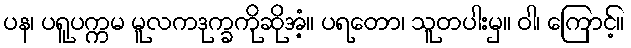
ပန၊ ပရူပက္ကမ မူလကဒုက္ခကိုဆိုအံ့။ ပရတော၊ သူတပါးမှ။ ဝါ၊ ကြောင့်။